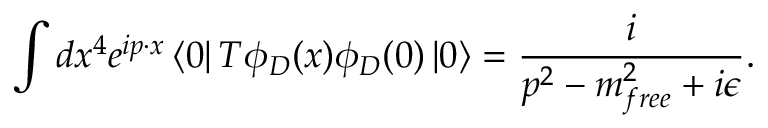
\int d x ^ { 4 } e ^ { i p \cdot x } \left< 0 \right| T \phi _ { D } ( x ) \phi _ { D } ( 0 ) \left| 0 \right> = \frac { i } { p ^ { 2 } - m _ { f r e e } ^ { 2 } + i \epsilon } .